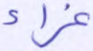
غراء